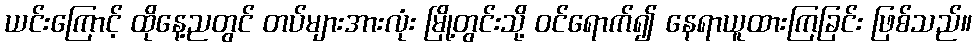
ယင်းကြောင့် ထိုနေ့ညတွင် တပ်များအားလုံး မြို့တွင်းသို့ ဝင်ရောက်၍ နေရာယူထားကြခြင်း ဖြစ်သည်။